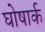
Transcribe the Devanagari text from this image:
घोषार्क